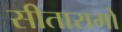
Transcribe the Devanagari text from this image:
सीतारामो